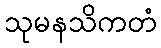
သုမနသိကတံ